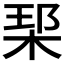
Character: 𪲑